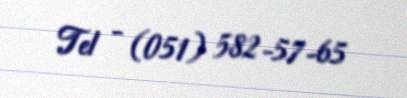
Tel - (051) 582-57-65